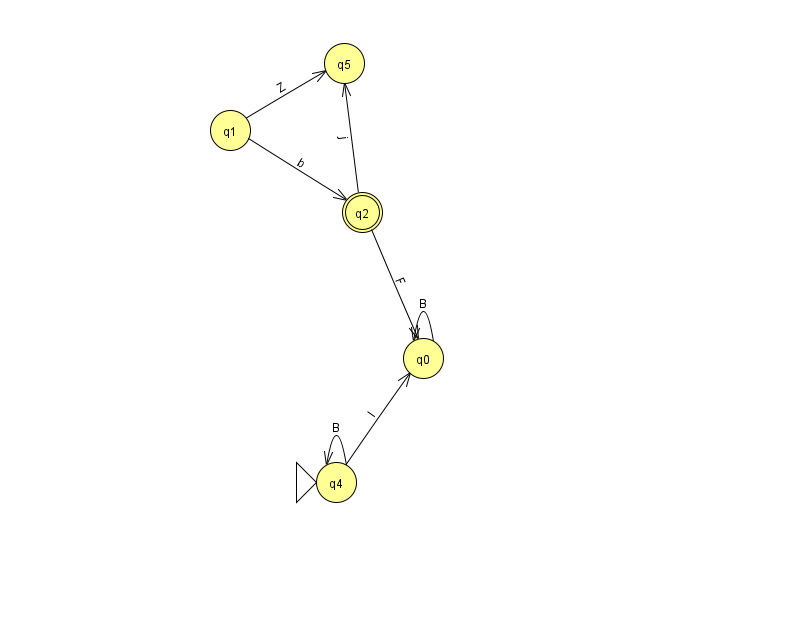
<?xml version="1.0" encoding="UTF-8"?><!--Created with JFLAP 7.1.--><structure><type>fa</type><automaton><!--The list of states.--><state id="0" name="q0"><x>423.0</x><y>345.0</y></state><state id="1" name="q1"><x>230.0</x><y>117.0</y></state><state id="2" name="q2"><x>362.0</x><y>199.0</y><final/></state><state id="4" name="q4"><x>336.0</x><y>469.0</y><initial/></state><state id="5" name="q5"><x>344.0</x><y>50.0</y></state><!--The list of transitions.--><transition><from>1</from><to>5</to><read>Z</read></transition><transition><from>0</from><to>0</to><read>B</read></transition><transition><from>4</from><to>4</to><read>B</read></transition><transition><from>1</from><to>2</to><read>b</read></transition><transition><from>2</from><to>5</to><read>j</read></transition><transition><from>4</from><to>0</to><read>l</read></transition><transition><from>2</from><to>0</to><read>F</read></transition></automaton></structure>